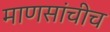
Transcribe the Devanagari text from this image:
माणसांचीच